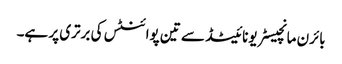
بائرن مانچیسٹر یونائیٹڈ سے تین پوائنٹس کی برتری پر ہے۔